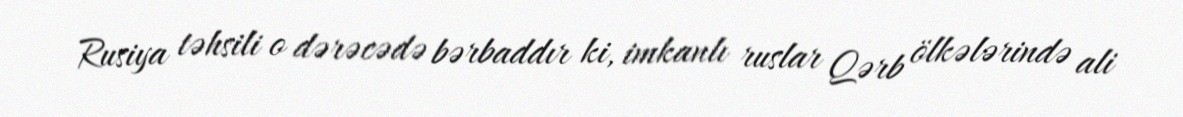
Rusiya təhsili o dərəcədə bərbaddır ki, imkanlı ruslar Qərb ölkələrində ali